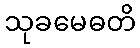
သုခမေဓတိ